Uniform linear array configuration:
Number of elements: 8
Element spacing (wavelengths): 0.25
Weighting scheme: exponential
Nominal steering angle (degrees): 45
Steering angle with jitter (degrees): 43.978
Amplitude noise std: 0.05
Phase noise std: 0.05

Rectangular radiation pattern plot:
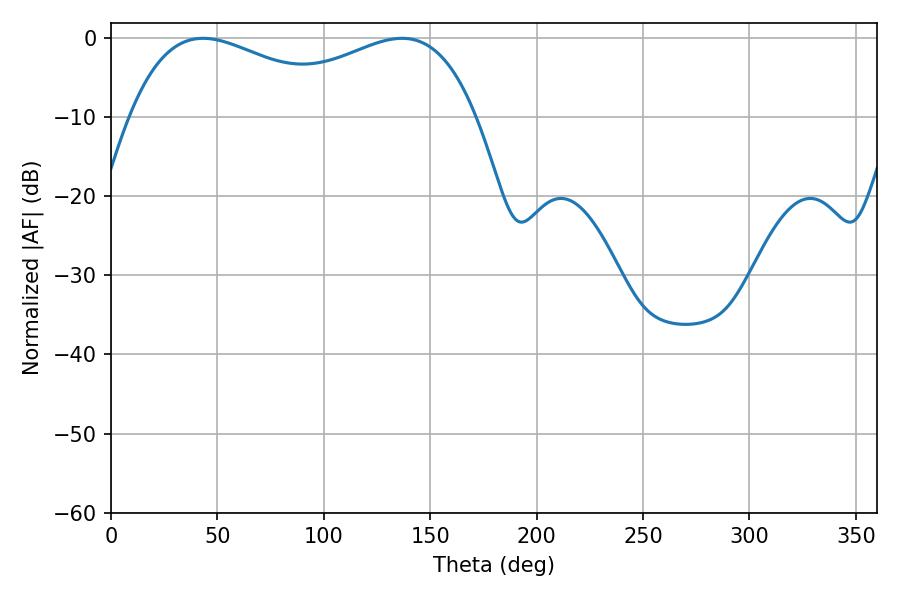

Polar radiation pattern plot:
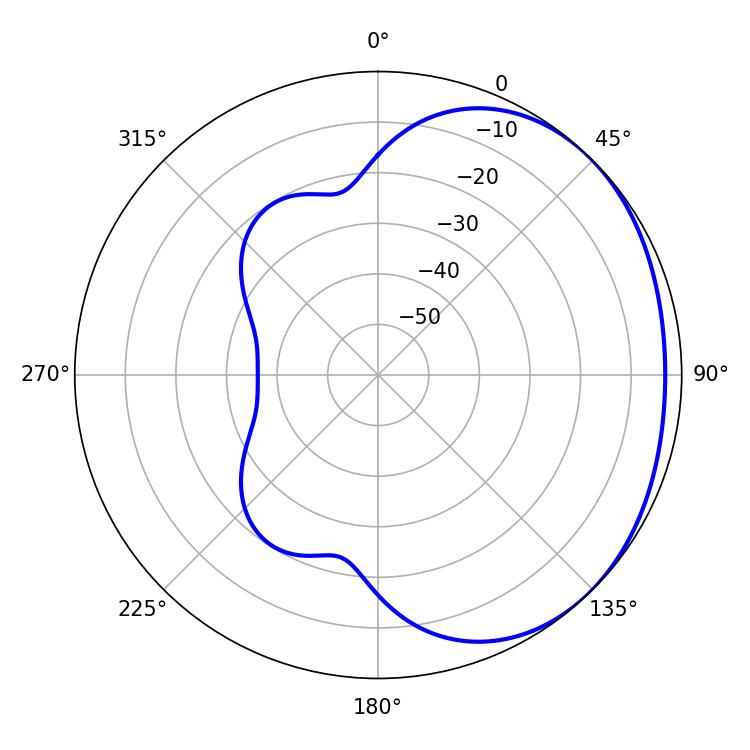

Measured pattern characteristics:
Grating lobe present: FALSE
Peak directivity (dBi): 1.683
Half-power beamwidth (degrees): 58.5
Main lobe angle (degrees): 43.2